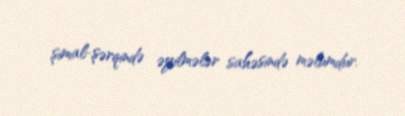
şimal-şərqində əyilmələr sahəsində məlumdur.